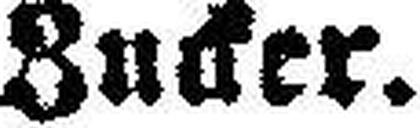
Zucker.